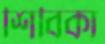
শিবিকা